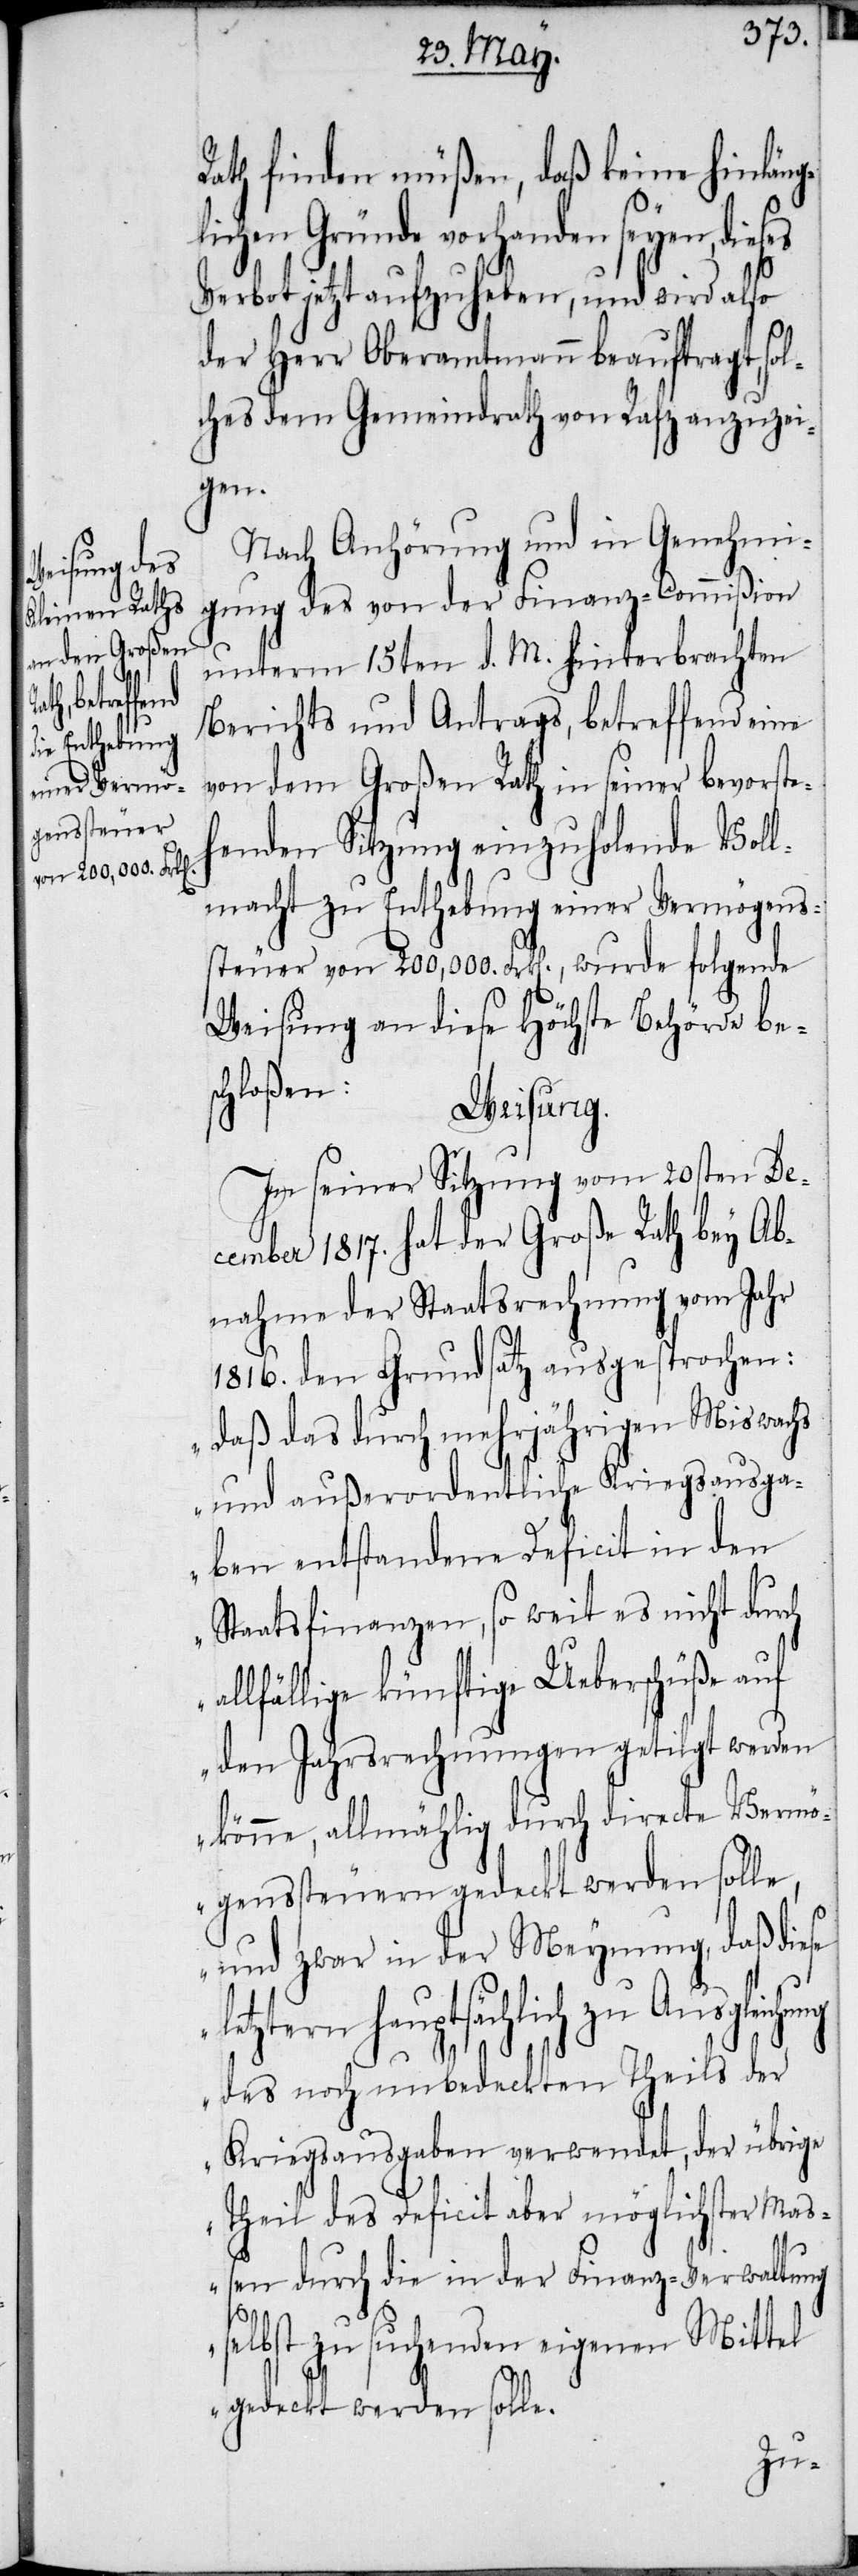
letzt¬

Rath finden müßen, daß keine hinläng¬
lichen Gründe vorhanden seyen, dieses
Verbot jetzt aufzuheben, und wird also
der Herr Oberamtmann beauftragt, sol¬
ches dem Gemeindrath von Rafz anzuzei¬
gen.
Nach Anhörung und in Genehmi¬
gung des von der Finanz-Commißion
unterm 15ten d. M. hinterbrachten
Berichts und Antrags, betreffend eine
von dem Großen Rath in seiner bevorste¬
henden Sitzung einzuholende Voll¬
macht zu Enthebung einer Vermögens¬
steuer von 200,000. Frk[en]., wurde folgende
Weisung an diese Höchste Behörde bes¬
chloßen:
Weisung.
In seiner Sitzung vom 20sten De¬
cember 1817. hat der Große Rath bey Ab¬
nahme der Staatsrechnung vom Jahr
1816. den Grundsatz ausgesprochen:
„daß das durch mehrjährigen Miswachs
und außerordentliche Kriegsausga¬
ben entstandene Deficit in den
Staatsfinanzen, so weit es nicht durch
allfällige künftige Ueberschüße auf
den Jahrsrechnungen getilgt werden
könne, allmählig durch directe Vermö¬
genssteuern gedeckt werden solle,
und zwar in der Meynung, daß diese
ern hauptsächlich zu Ausgleic¬
des noch unbedeckten Theils der
Kriegsausgaben verwendet, der übrige
Theil des Deficit aber möglichster Maß¬
en durch die in der Finanz-Verwaltung
s¬
elbst zu suchenden eigenen Mittel
gedeckt werden solle.
hung